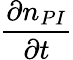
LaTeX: \frac{\partial n_{PI}}{\partial t}